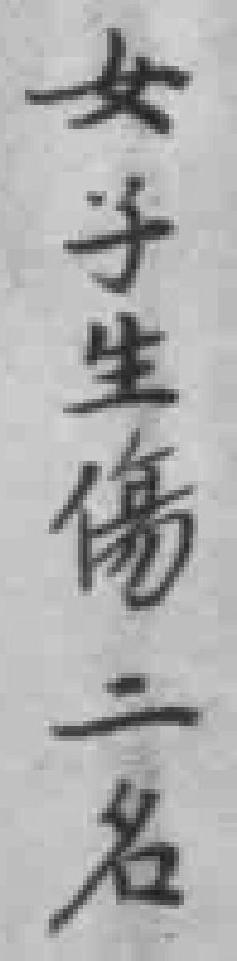
女子生傷二名